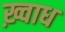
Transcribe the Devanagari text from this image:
ख़्वाध